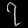
Digit: ၇